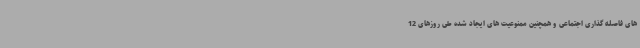
های فاصله گذاری اجتماعی و همچنین ممنوعیت های ایجاد شده طی روزهای 12